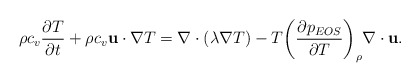
\begin{align*}\rho {c_v}\frac{{\partial T}}{{\partial t}} + \rho {c_v}{\bf{u}} \cdot \nabla T = \nabla \cdot \left( {\lambda \nabla T} \right) - T{\left( {\frac{{\partial {p_{EOS}}}}{{\partial T}}} \right)_\rho }\nabla \cdot {\bf{u}}.\end{align*}